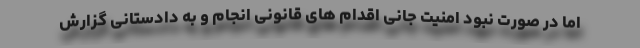
اما در صورت نبود امنیت جانی اقدام های قانونی انجام و به دادستانی گزارش